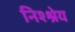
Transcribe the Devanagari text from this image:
निश्श्रेय